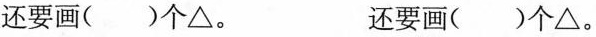
还要画()个\bigtriangleup, 还要画()个\bigtriangleup。